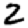
Digit: 2